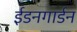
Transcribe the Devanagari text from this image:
ईडनगार्डन